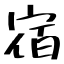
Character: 宿